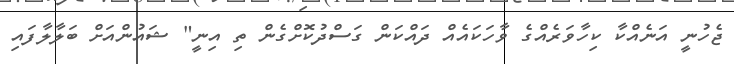
ޖެހުނީ އަނެއްކާ ކިހާވަރެއްގެ ވާހަކައެއް ދައްކަން ގަސްދުކޮށްގެން ތި އިނީ" ޝައުންއަށް ބަލާލާފައި